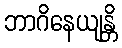
ဘာဂိနေယျန္တိ